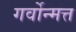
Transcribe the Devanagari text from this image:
गर्वोन्मत्त